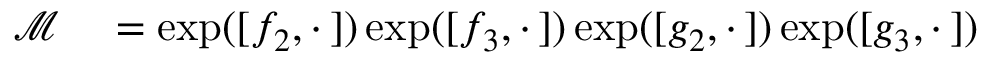
\begin{array} { r l } { \mathcal { M } } & { { } = \exp ( [ f _ { 2 } , \cdot \, ] ) \exp ( [ f _ { 3 } , \cdot \, ] ) \exp ( [ g _ { 2 } , \cdot \, ] ) \exp ( [ g _ { 3 } , \cdot \, ] ) } \end{array}